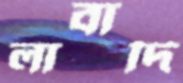
লাবাদি